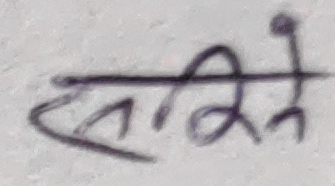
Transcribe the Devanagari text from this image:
साकिने